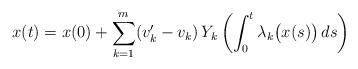
LaTeX: \begin{align*} x(t) = x(0) + \sum_{k=1}^{m} (v_k' - v_k)\, Y_k\left(\int_0^t \lambda_k\big(x(s)\big)\, ds\right) \end{align*}